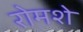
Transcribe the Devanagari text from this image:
रोमशे